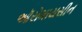
ઑરોમાયસીન